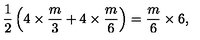
\frac { 1 } { 2 } \left( 4 \times \frac { m } { 3 } + 4 \times \frac { m } { 6 } \right) = \frac { m } { 6 } \times 6 ,